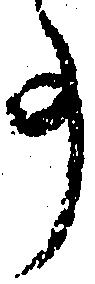
事